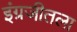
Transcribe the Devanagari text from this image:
इंग्रजीतला